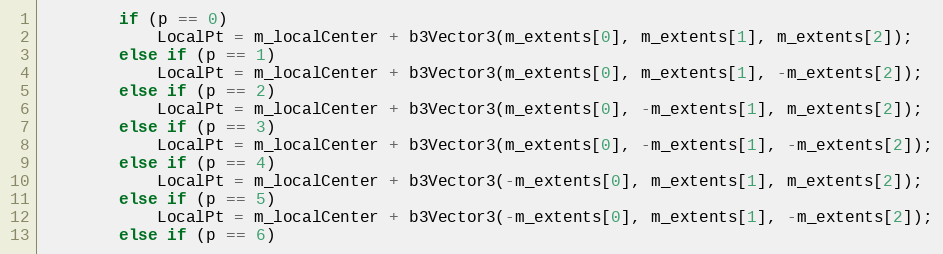
Language: C++
		if (p == 0)
			LocalPt = m_localCenter + b3Vector3(m_extents[0], m_extents[1], m_extents[2]);
		else if (p == 1)
			LocalPt = m_localCenter + b3Vector3(m_extents[0], m_extents[1], -m_extents[2]);
		else if (p == 2)
			LocalPt = m_localCenter + b3Vector3(m_extents[0], -m_extents[1], m_extents[2]);
		else if (p == 3)
			LocalPt = m_localCenter + b3Vector3(m_extents[0], -m_extents[1], -m_extents[2]);
		else if (p == 4)
			LocalPt = m_localCenter + b3Vector3(-m_extents[0], m_extents[1], m_extents[2]);
		else if (p == 5)
			LocalPt = m_localCenter + b3Vector3(-m_extents[0], m_extents[1], -m_extents[2]);
		else if (p == 6)